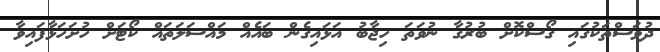
ދުވަސްތަކުގައި ގޯސްކޮށް ބުރުގާ ނުވަތަ ހިޖާބު އަޅައިގެން ބައެއް މައްސަލަތައް ކޯޓަށް ހުށަހަޅާފައިވާ